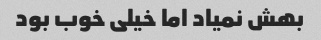
بهش نمیاد اما خیلی خوب بود